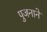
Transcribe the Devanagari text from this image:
पुजनाने